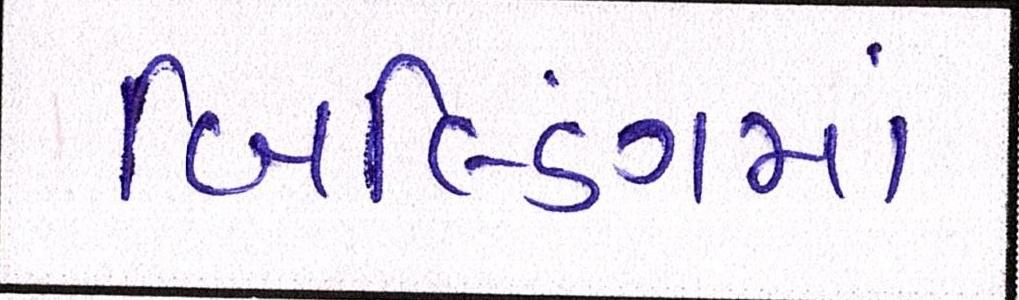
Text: બિલ્ડિંગમાં